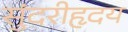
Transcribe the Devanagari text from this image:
सुंदरीहृदय